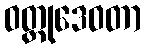
ဝတ္ထုဒေဝတာ